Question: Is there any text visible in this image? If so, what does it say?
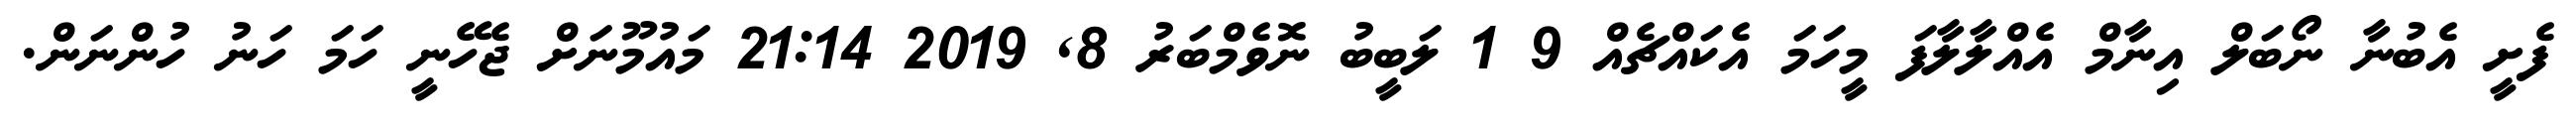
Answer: ފެށީ އެބުނާ ނޯބަލް އިނާމް އެއްލާލާފަ މީހަމަ އެކައްޗެއް 9 1 ލަބީބު ނޮވެމްބަރު 8, 2019 21:14 މައުމޫނަށް ޖެހޭނީ ހަމަ ހަނު ހުންނަން.